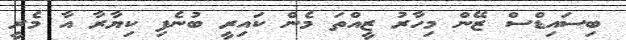
ބިސައިޑްސް ޒޭން މިހާރު ޒީއްތަ މެން ކައިރީ ބުނެފި ކިޔާރާ އާ މެރީ